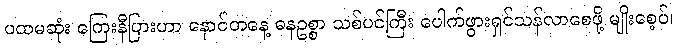
ပထမဆုံး ကြေးနီပြားဟာ နောင်တနေ့ ဓနဥစ္စာ သစ်ပင်ကြီး ပေါက်ဖွားရှင်သန်လာစေဖို့ မျိုးစေ့ပ်၊